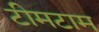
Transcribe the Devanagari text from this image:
टीमटाम